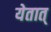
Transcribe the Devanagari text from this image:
येतात्